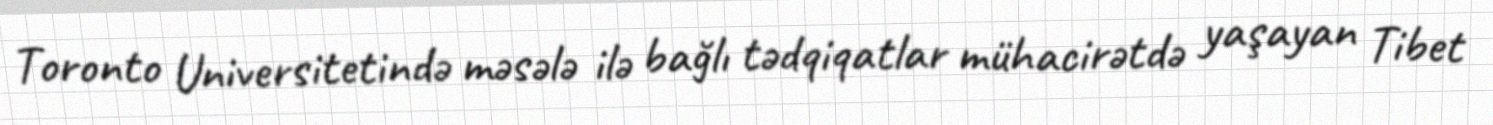
Toronto Universitetində məsələ ilə bağlı tədqiqatlar mühacirətdə yaşayan Tibet